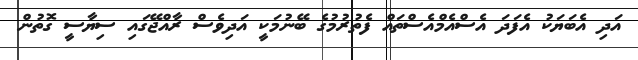
އަދި އެބަޔަކު އެފަދަ އެސްއެމްއެސްތައް ފެތުރުމުގެ ބޭނުމަކީ އަދިވެސް ރާއްޖޭގައި ސިޔާސީ ގޮތުން